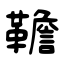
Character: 韂